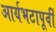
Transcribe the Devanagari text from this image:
आर्यभटापूर्वी